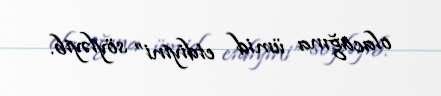
olacağına ümid etdiyini” söyləyib.